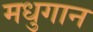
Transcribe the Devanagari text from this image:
मधुगान